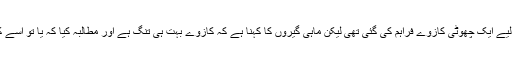
اصلی ڈیزائن میں ماہی گیروں کو سمندر کے پانیوں تک رسائی دینے کے لیے ایک چھوٹی کازوے فراہم کی گئی تھی لیکن ماہی گیروں کا کہنا ہے کہ کازوے بہت ہی تنگ ہے اور مطالبہ کیا کہ یا تو اسے کشادہ کیا جائے یا پھر انہیں پُلوں کے ذریعے سمندر تک رسائی دی جائے۔